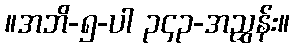
။အဘိ-၅-ပါ ၃၄၃-အညွှန်း။